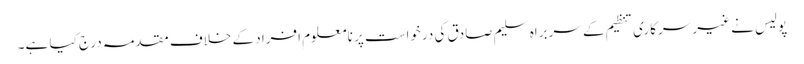
پولیس نے غیر سرکاری تنظیم کے سربراہ سلیم صادق کی درخواست پر نامعلوم افراد کے خلاف مقدمہ درج کیا ہے۔